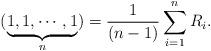
LaTeX: \begin{align*}(\underbrace{1, 1, \cdots, 1}_{n })=\frac{1}{(n-1)}\sum\limits_{i=1}^nR_{i}.\end{align*}